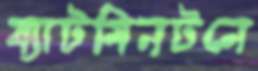
ব্যাটমিনটনে